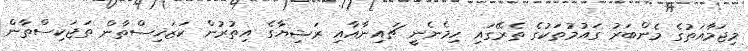
މިޖަމާއަތުގެ މެންބަރު ގައުމުތަކުގެ ތެރޭގައި ހިމެނެނީ ޗައިނާއާއި ރަޝިޔާގެ އިތުރުން ކަޒަޚިސްތާން ތަޖަކިސްތާން